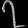
Digit: ၇